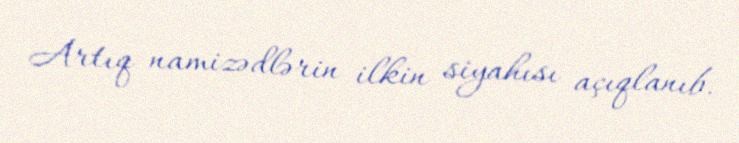
Artıq namizədlərin ilkin siyahısı açıqlanıb.